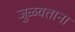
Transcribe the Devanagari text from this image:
जुळवताना